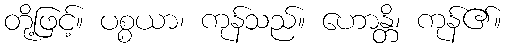
တို့ဖြင့်။ ပစ္စယာ၊ ကုန်သည်။ ဟောန္တိ၊ ကုန်၏။